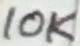
Text: 10K